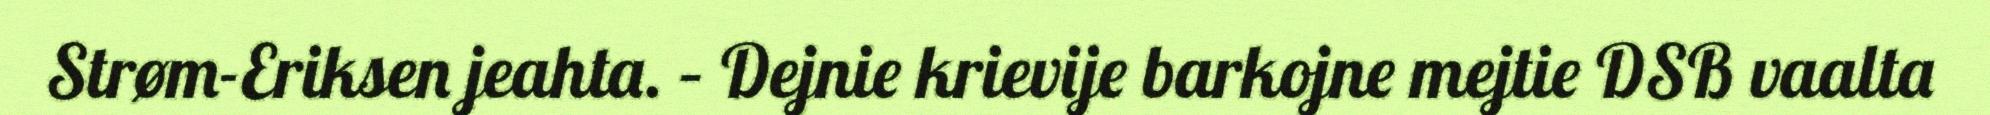
Strøm-Eriksen jeahta. – Dejnie krievije barkojne mejtie DSB vaalta